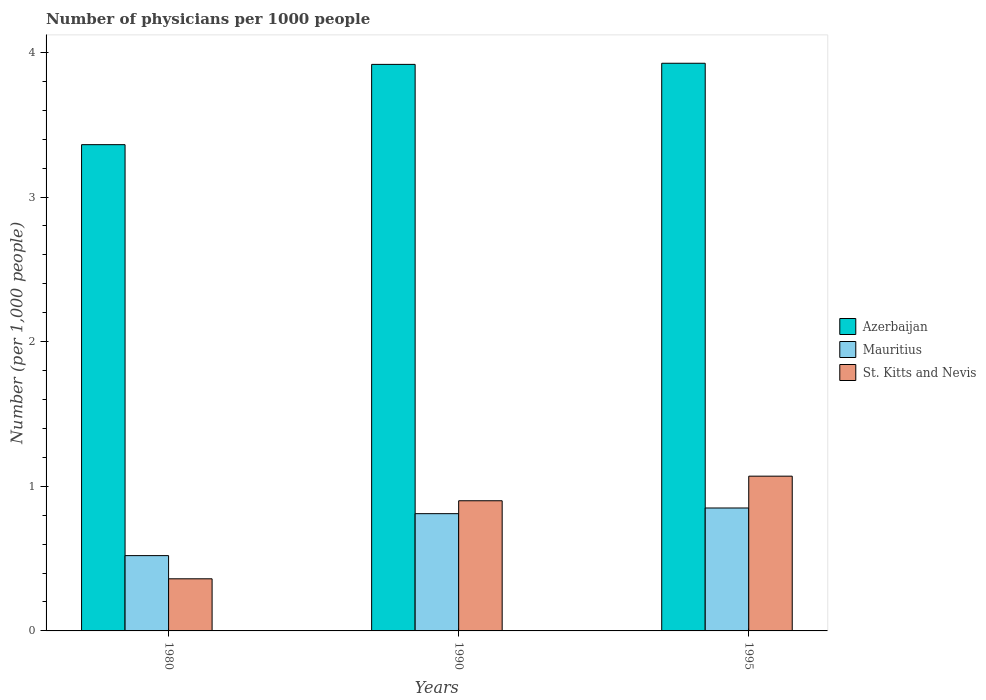
| Years | Azerbaijan | Mauritius | St. Kitts and Nevis |
 | --- | --- | --- | --- |
 | 1980 | 3.36 | 0.521 | 0.36 |
 | 1990 | 3.92 | 0.811 | 0.9 |
 | 1995 | 3.92 | 0.85 | 1.07 |